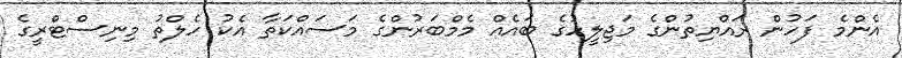
އެންމެ ފަހުން ރައްޔިތުންގެ މަޖިލީހުގެ ބައެއް މެމްބަރުންގެ މަސައްކަތާ އެކު ހެލްތު މިނިސްޓްރީގެ